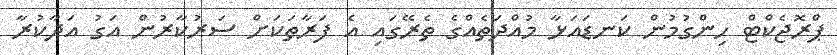
ޕްރޮޖެކްޓް ހިންގުމުން ކަނޑައަޅާ މުއްދަތެއްގެ ތެރޭގައި އެ ފަރާތަކަށް ސަރުކާރުން އަގު އަދާކުރާ